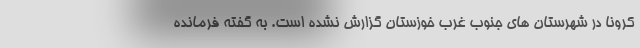
کرونا در شهرستان های جنوب غرب خوزستان گزارش نشده است. به گفته فرمانده